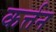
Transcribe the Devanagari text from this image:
कर्त्तन